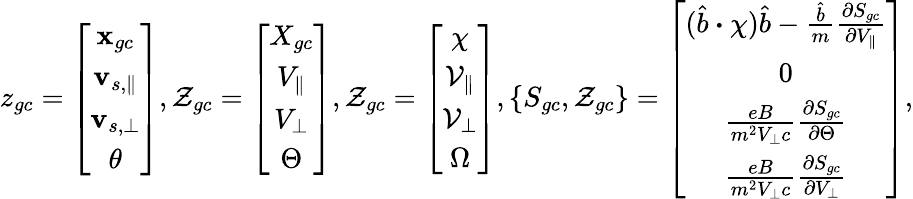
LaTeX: z_{gc}=\left[\begin{array}{c}{\textbf{x}_{gc}}\\ {\mathbf{v}_{s,\parallel}}\\ {\mathbf{v}_{s,\perp}}\\ {\theta}\end{array}\right],\mathcal{Z}_{gc}=\left[\begin{array}{c}{X_{gc}}\\ {V_{\parallel}}\\ {V_{\perp}}\\ {\Theta}\end{array}\right],\mathcal{{\mathcal{Z}}}_{gc}=\left[\begin{array}{c}{\chi}\\ {\mathcal{V}_{\parallel}}\\ {\mathcal{V}_{\perp}}\\ {\Omega}\end{array}\right],\{ S_{gc},\mathcal{Z}_{gc}\} =\left[\begin{array}{c}{(\hat{b}\boldsymbol{\cdot}\chi)\hat{b}-\frac{\hat{b}}{m}\frac{\partial S_{gc}}{\partial V_{\parallel}}}\\ {0}\\ {\frac{eB}{m^{2}V_{\perp}c}\frac{\partial S_{gc}}{\partial\Theta}}\\ {\frac{eB}{m^{2}V_{\perp}c}\frac{\partial S_{gc}}{\partial V_{\perp}}}\end{array}\right],